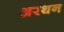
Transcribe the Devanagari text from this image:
अरथन